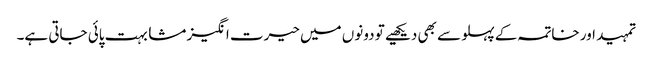
تمہید اور خاتمہ کے پہلو سے بھی دیکھیے تو دونوں میں حیرت انگیز مشابہت پائی جاتی ہے۔